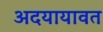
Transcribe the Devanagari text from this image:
अदयायावत